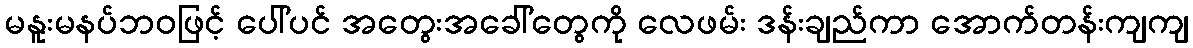
မနူးမနပ်ဘဝဖြင့် ပေါ်ပင် အတွေးအခေါ်တွေကို လေဖမ်း ဒန်းချည်ကာ အောက်တန်းကျကျ